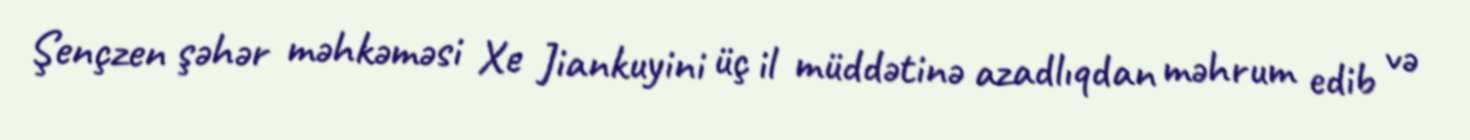
Şençzen şəhər məhkəməsi Xe Jiankuyini üç il müddətinə azadlıqdan məhrum edib və